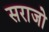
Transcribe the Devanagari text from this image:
सराजो